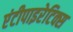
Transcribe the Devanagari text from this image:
एंटीपाइरेटिक्स